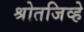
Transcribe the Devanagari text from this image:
श्रोतजिव्हे